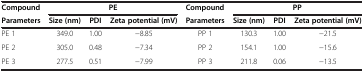
| Compound | <COLSPAN=3> PE | Compound | <COLSPAN=3> PP |
 | Parameters | Size (nm) | PDI | Zeta potential (mV) | Parameters | Size (nm) | PDI | Zeta potential (mV) |
 | --- | --- | --- | --- | --- | --- | --- | --- |
 | PE 1 | 349.0 | 1.00 | −8.85 | PP 1 | 130.3 | 1.00 | −21.5 |
 | PE 2 | 305.0 | 0.48 | −7.34 | PP 2 | 154.1 | 1.00 | −15.6 |
 | PE 3 | 277.5 | 0.51 | −7.99 | PP 3 | 211.8 | 0.06 | −13.5 |